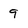
Character: 9